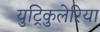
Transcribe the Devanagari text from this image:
युट्रिकुलेरिया